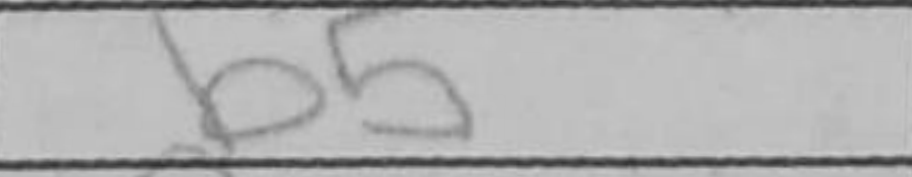
Transcription: b5